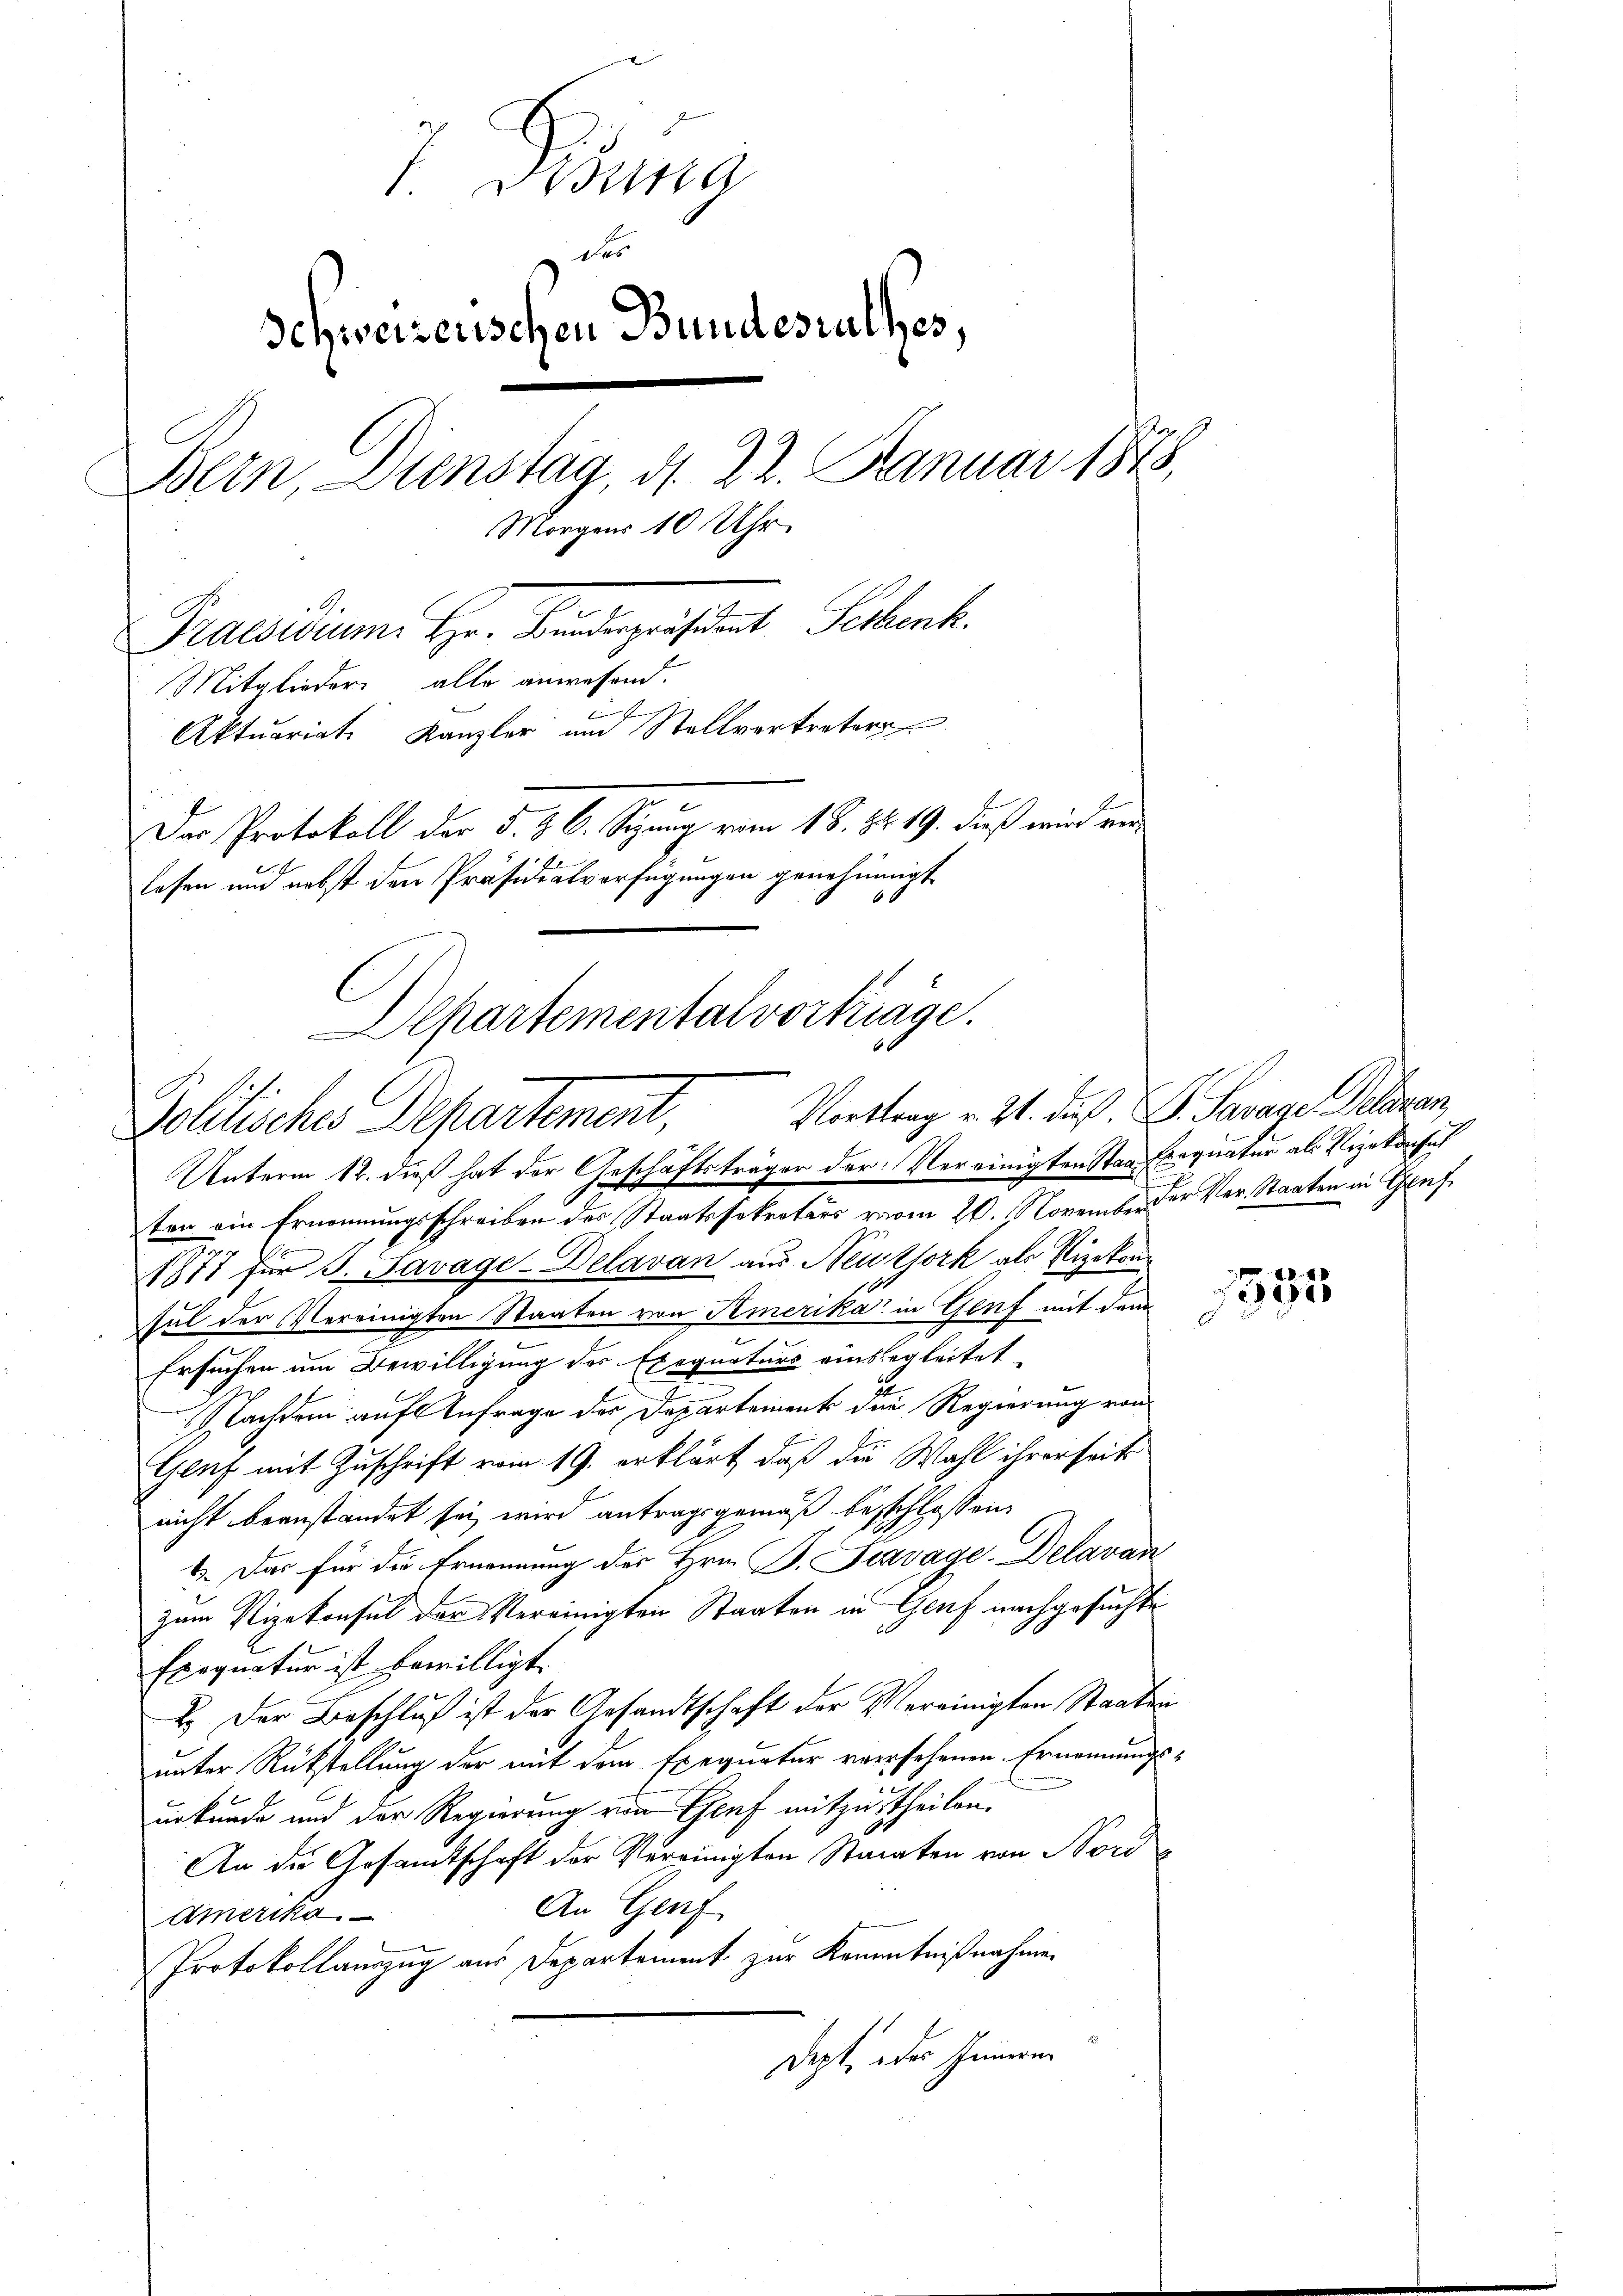
7. Ding
des
Schweizerischen Bundesrathes,
Ja
Bern, Dienstag, d. 22. Januar 1878,
Morgens 10 Uhr
Praesidium. Hr. Binderpräsident Serbenk.
Mitglieder alte anwesend.
in Jah
Aktuariat Kanzler um Stellvertreters
Der Protokoll der d. 5. 6. Segnung vom 18. 8819. dieß wird von
E
lesen und nebst den Präsidialverfügungen genehmigt

Departemental vorträge.
Vorttrag v. Zt. dieß. S. Parage, Delaran
Politische Departement,
Unterm 12. dieß hat der Geschäftsträger der Vereinigten Star Bequatur als Vizekonsul

1877 für J. Savage-Delavan aus Neuthork als Vizekon-
sul der Vereinigten Staaten von Amerika in Genf mit dem
Ersuchen um Bewilligung des Exequaturs einbegleitet
Nachdem auf Anfrage des Departement die Regierung von
Genf mit Zuschrift vom 19. erklärt, daß die Wahl ihrerseits
nicht beanstandet sei, wird antragsgemäß beschlossen,
4. Das für die Ernennung des Hrn. P. Fravage Delavan
zum Vizekonsul der Vereinigten Staaten in Genf nachgesuchte
Exequatur ist bewilligt.
2.) Der Beschluß ist der Gesandtschaft der Vereinigten Staaten
unter Rückstellung der mit dem Exequatur versehenen Ernennungs-
urkunde und der Regierung von Genf mitzutheilen.
An die Gesamtschaft der Vereinigten Staaten von Nord
An Genf
Amerika.
Protokollauszug aus Departement zur Kenntnißnahme
Dept, des Innern

ten ein Ernennungsschreiben des Staatssekretärs vom 20. November der Ver. Staaten in Graf

1535